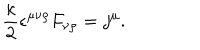
\frac { \kappa } { 2 } \epsilon ^ { \mu \nu \rho } F _ { \nu \rho } = j ^ { \mu } .